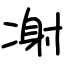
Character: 㓔